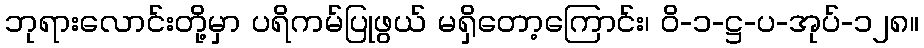
ဘုရားလောင်းတို့မှာ ပရိကမ်ပြုဖွယ် မရှိတော့ကြောင်း၊ ဝိ-၁-ဋ္ဌ-ပ-အုပ်-၁၂၈။